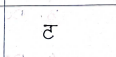
मजकूर: ट